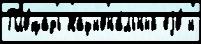
Пло́щадь Национа́льный еjо́ и